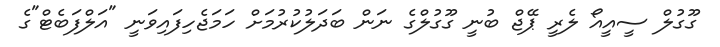
ގޫގުލް ސީއީއޯ ލެރީ ޕޭޖް ބުނީ ގޫގުލްގެ ނަން ބަދަލުކުރުމަށް ހަމަޖެހިފައިވަނީ "އަލްފަބެޓް"ގެ